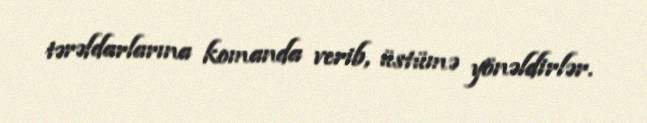
tərəfdarlarına komanda verib, üstümə yönəldirlər.